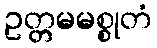
ဥတ္တမမစ္စုတံ